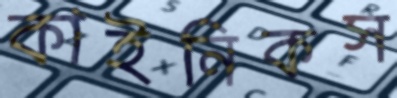
কাইনিকস